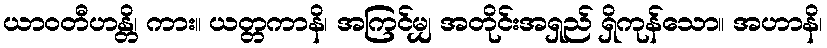
ယာဝတီဟန္တိ၊ ကား။ ယတ္တကာနိ၊ အကြင်မျှ အတိုင်းအရှည် ရှိကုန်သော။ အဟာနိ၊